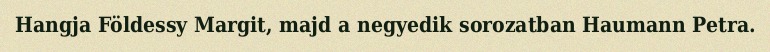
Hangja Földessy Margit, majd a negyedik sorozatban Haumann Petra.